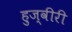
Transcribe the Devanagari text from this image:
हुज्वीरी